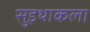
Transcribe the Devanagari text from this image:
सुइथाकला